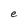
Character: e